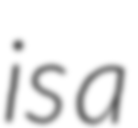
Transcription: is a